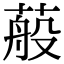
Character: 蒰